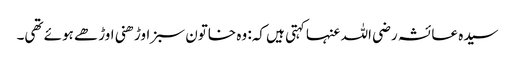
سیدہ عائشہ رضی اللہ عنہا کہتی ہیں کہ: وہ خاتون سبز اوڑھنی اوڑھے ہوئے تھی۔